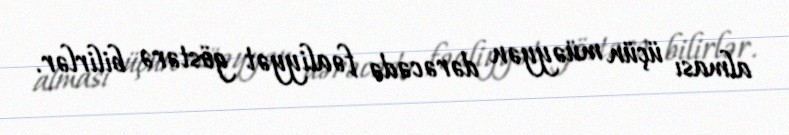
alması üçün müəyyən dərəcədə fəaliyyət göstərə bilirlər.